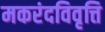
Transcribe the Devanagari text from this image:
मकरंदविवृत्ति